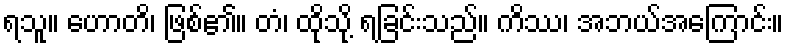
ရသူ။ ဟောတိ၊ ဖြစ်၏။ တံ၊ ထိုသို့ ရခြင်းသည်။ ကိဿ၊ အဘယ်အကြောင်း။